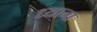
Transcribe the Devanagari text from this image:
ध्याना